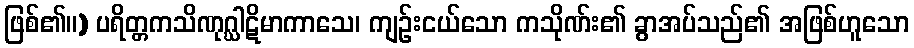
ဖြစ်၏။) ပရိတ္တကသိဏုဂ္ဃါဋိမာကာသေ၊ ကျဉ်းငယ်သော ကသိုဏ်း၏ ခွာအပ်သည်၏ အဖြစ်ဟူသော